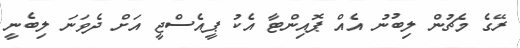
ރޭގެ މެޗުން ލިބުނު އެއް ޕޮއިންޓާ އެކު ޕީއެސްޖީ އަށް ދެވަނަ ލިބެނީ